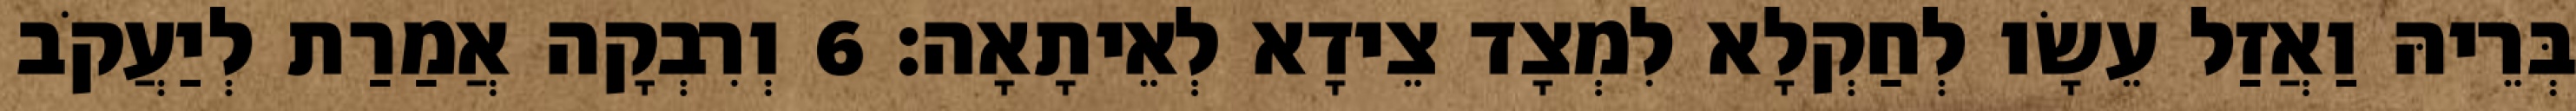
בְּרֵיהּ וַאֲזַל עֵשָׂו לְחַקְלָא לִמְצָד צֵידָא לְאֵיתָאָה׃ 6 וְרִבְקָה אֲמַרַת לְיַעֲקֹב